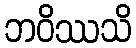
ဘဝိဿသိ